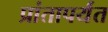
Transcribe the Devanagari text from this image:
प्रांतापर्यंत